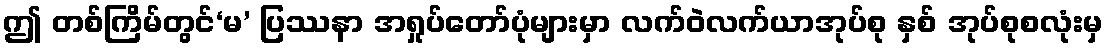
ဤ တစ်ကြိမ်တွင်‘မ’ ပြဿနာ အရှုပ်တော်ပုံများမှာ လက်ဝဲလက်ယာအုပ်စု နှစ် အုပ်စုစလုံးမှ